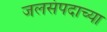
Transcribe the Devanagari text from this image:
जलसंपदाच्या